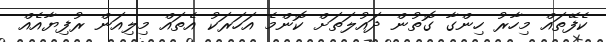
ކެފޭތައް މިހާރު ހިންގާ ގޮތުން ދައުލަތަށް ކޮންމެ އަހަރަކު އެތައް މިލިއަން ރުފިޔާއެއް